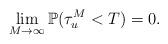
LaTeX: \begin{align*}\lim_{M\rightarrow\infty} \mathbb{P}(\tau_u^M < T) = 0.\end{align*}